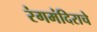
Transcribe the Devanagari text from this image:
रंगमंदिराचे